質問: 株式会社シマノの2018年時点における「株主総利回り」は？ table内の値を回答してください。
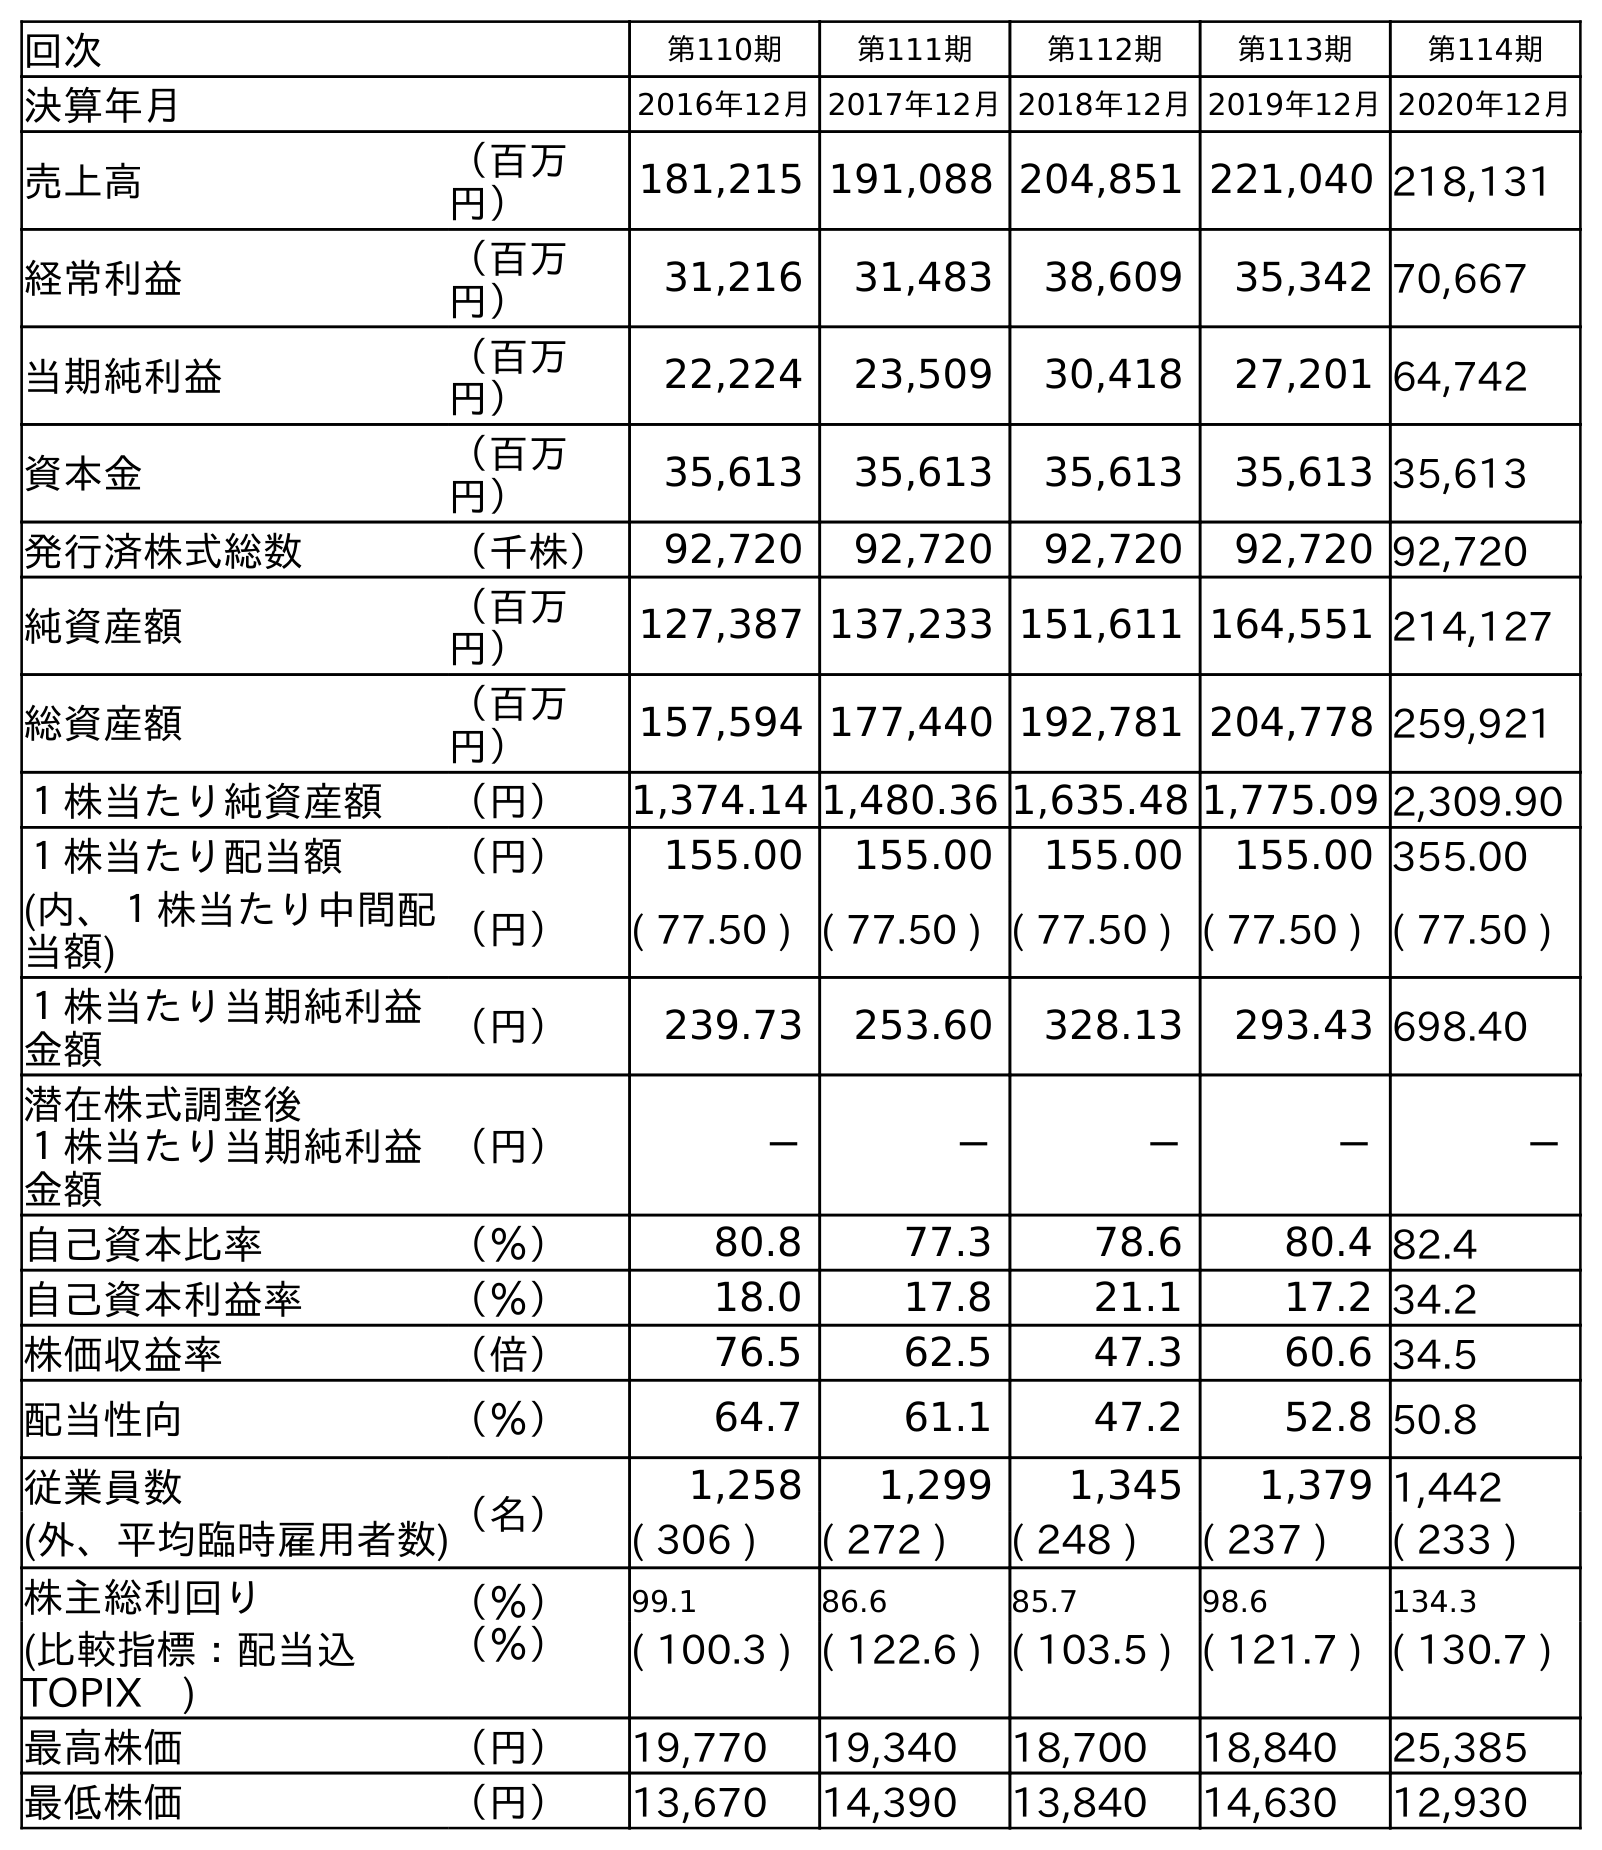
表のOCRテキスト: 回次 第110期 第111期 第112期 第113期 第114期 決算年月 2016年12月2017年12月2018年12月2019年12月2020年12月 売上高 （百万 円） 181,215 191,088 204,851 221,040 218,131 経常利益 （百万 円） 31,216 31,483 38,609 35,342 70,667 当期純利益 （百万 円） 22,224 23,509 30,418 27,201 64,742 資本金 （百万 円） 35,613 35,613 35,613 35,613 35,613 発行済株式総数 （千株） 92,720 92,720 92,720 92,720 92,720 純資産額 （百万 円） 127,387 137,233 151,611 164,551 214,127 総資産額 （百万 円） 157,594 177,440 192,781 204,778 259,921 １株当たり純資産額 （円） 1,374.14 1,480.36 1,635.48 1,775.09 2,309.90 １株当たり配当額 （円） 155.00 155.00 155.00 155.00 355.00 (内、１株当たり中間配 当額) （円） ( 77.50 ) ( 77.50 ) ( 77.50 ) ( 77.50 ) ( 77.50 ) １株当たり当期純利益 金額 （円） 239.73 253.60 328.13 293.43 698.40 潜在株式調整後 １株当たり当期純利益 金額 （円） － － － － － 自己資本比率 （％） 80.8 77.3 78.6 80.4 82.4 自己資本利益率 （％） 18.0 17.8 21.1 17.2 34.2 株価収益率 （倍） 76.5 62.5 47.3 60.6 34.5 配当性向 （％） 64.7 61.1 47.2 52.8 50.8 従業員数 （名） 1,258 1,299 1,345 1,379 1,442 (外、平均臨時雇用者数) ( 306 ) ( 272 ) ( 248 ) ( 237 ) ( 233 ) 株主総利回り （％） 99.1 86.6 85.7 98.6 134.3 (比較指標：配当込 TOPIX ) （％） ( 100.3 ) ( 122.6 ) ( 103.5 ) ( 121.7 ) ( 130.7 ) 最高株価 （円） 19,770 19,340 18,700 18,840 25,385 最低株価 （円） 13,670 14,390 13,840 14,630 12,930
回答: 85.7